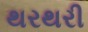
થરથરી